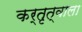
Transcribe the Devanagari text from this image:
कर्तृत्वाला